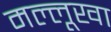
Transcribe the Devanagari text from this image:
मल्लूखा